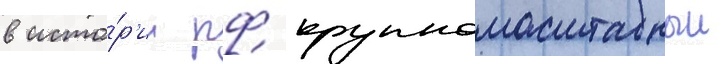
в исто́р'ии рф крупномасштабныи